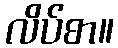
လိပ်စာ။